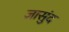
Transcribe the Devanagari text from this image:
जासुंद